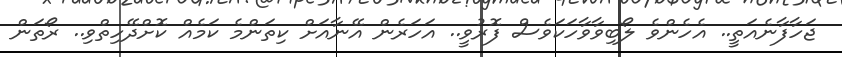
ޖަހާފާނެއަތީ.. އެހެންވެ ލޯބިވާވާހަކަވެސް ފޮރުވީ.. އަހަރެން އޭނާއަށް ކިތަންމެ ކަމެއް ކޮށްދޭހިތްވި.. ރޯތަން